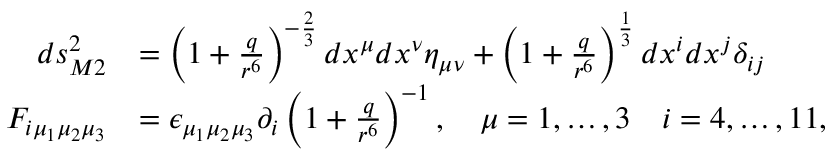
{ \begin{array} { r l } { d s _ { M 2 } ^ { 2 } } & { = \left( 1 + { \frac { q } { r ^ { 6 } } } \right) ^ { - { \frac { 2 } { 3 } } } d x ^ { \mu } d x ^ { \nu } \eta _ { \mu \nu } + \left( 1 + { \frac { q } { r ^ { 6 } } } \right) ^ { \frac { 1 } { 3 } } d x ^ { i } d x ^ { j } \delta _ { i j } } \\ { F _ { i \mu _ { 1 } \mu _ { 2 } \mu _ { 3 } } } & { = \epsilon _ { \mu _ { 1 } \mu _ { 2 } \mu _ { 3 } } \partial _ { i } \left( 1 + { \frac { q } { r ^ { 6 } } } \right) ^ { - 1 } , \quad \mu = 1 , \ldots , 3 \quad i = 4 , \ldots , 1 1 , } \end{array} }